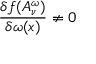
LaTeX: \frac { \delta f ( A _ { \nu } ^ { \omega } ) } { \delta \omega ( x ) } \neq 0